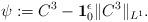
LaTeX: \begin{align*}\psi : = C^3-{\bf 1}^\epsilon_0\|C^3\|_{L^1}.\end{align*}